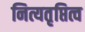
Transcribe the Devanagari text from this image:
नित्यतृप्तित्व